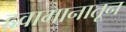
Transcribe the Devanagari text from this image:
हवामानातून